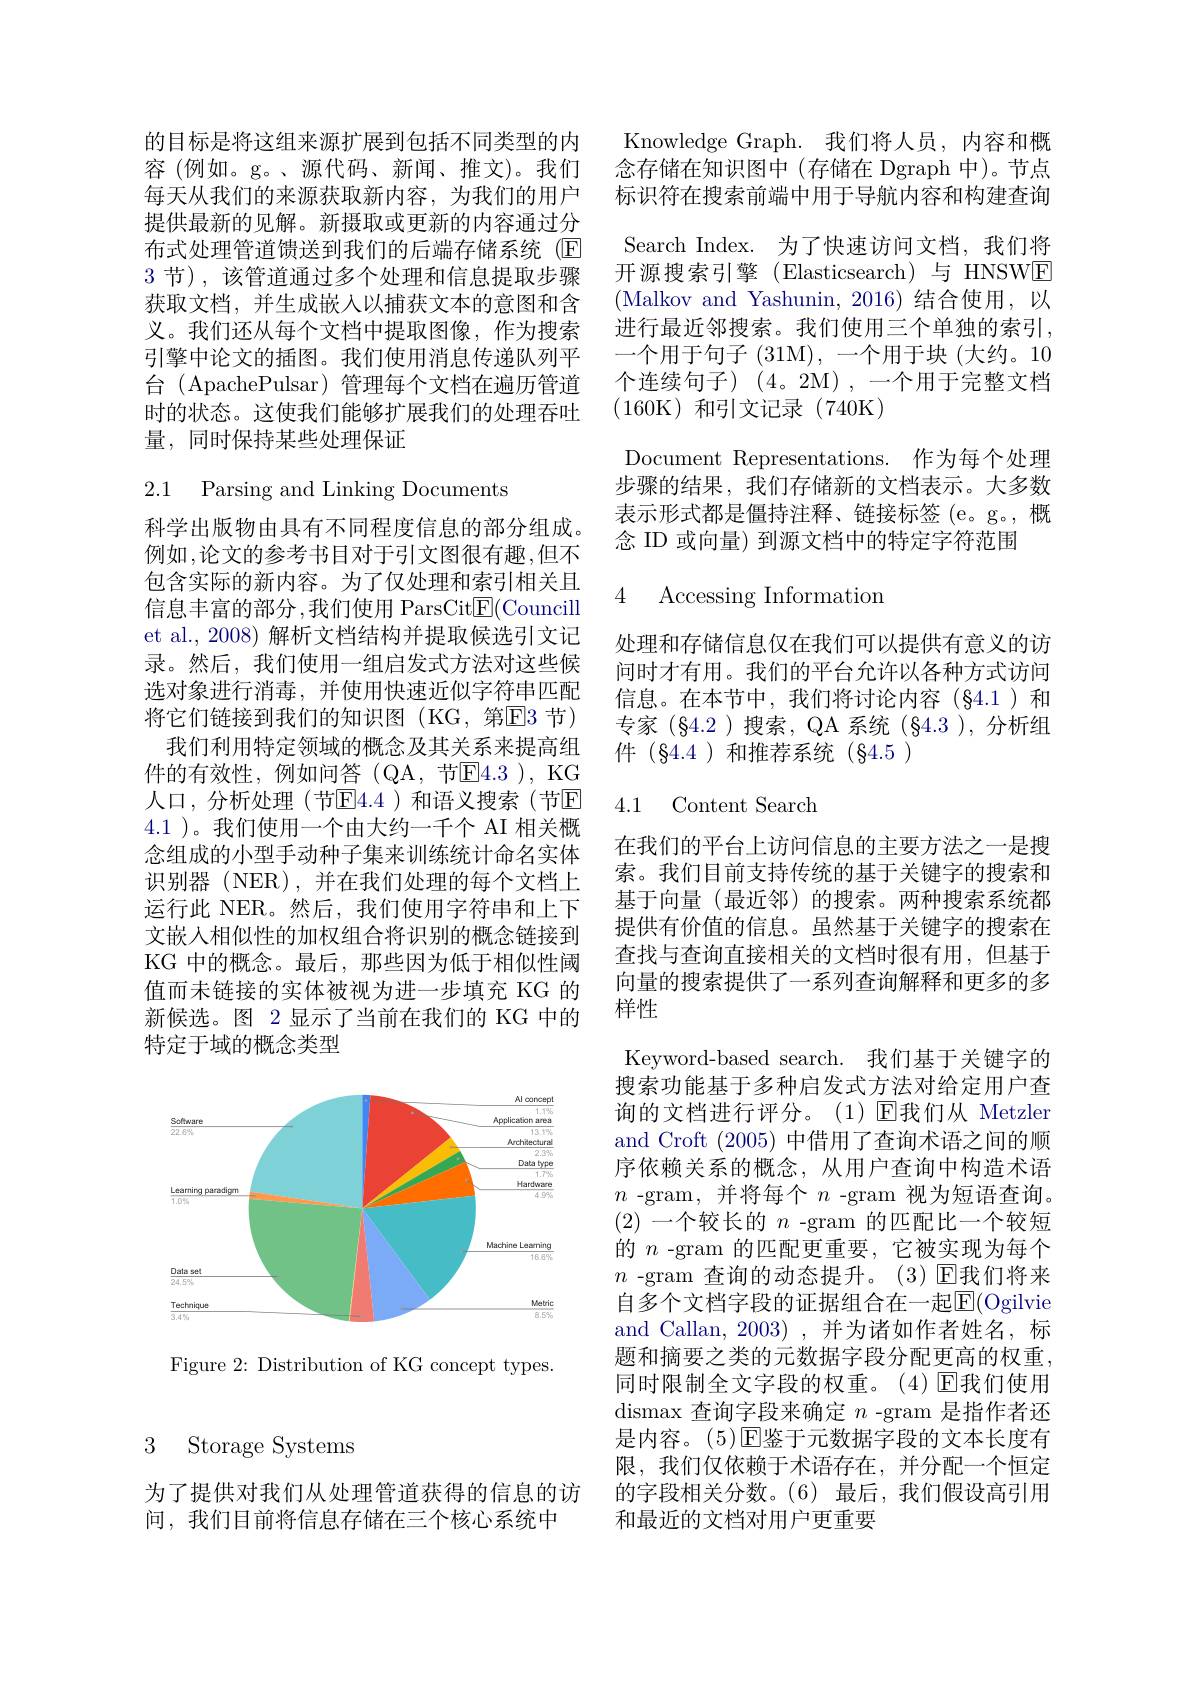
# 3 Storage Systems

间，我们目前将信息存储在三个核心系统中

的目标是将这组来源扩展到包括不同类型的内 Knowledge Graph. 我们将人员，内容和概容(例如。g。、源代码、新闻、推文)。我们 念存储在知识图中 (存储在 Dgraph 中)。节点每天从我们的来源获取新内容，为我们的用户 标识符在搜索前端中用于导航内容和构建查询提供最新的见解。新摄取或更新的内容通过分布式处理管道馈送到我们的后端存储系统(E) 3节),该管道通过多个处理和信息提取步骤获取文档，并生成嵌入以捕获文本的意图和含义。我们还从每个文档中提取图像，作为搜索引擎中论文的插图。我们使用消息传递队列平台 (ApachePulsar) 管理每个文档在遍历管道时的状态。这使我们能够扩展我们的处理吞吐量，同时保持某些处理保证

2.1 Parsing and Linking Documents

科学出版物由具有不同程度信息的部分组成。例如，论文的参考书目对于引文图很有趣，但不包含实际的新内容。为了仅处理和索引相关且信息丰富的部分，我们使用 ParsCit$\overline {E}$( Councill et al., 2008) 解析文档结构并提取候选引文记录。然后，我们使用一组启发式方法对这些候选对象进行消毒，并使用快速近似字符串匹配将它们链接到我们的知识图(KG,第$\overline{\mathrm{E}}$3节)
我们利用特定领域的概念及其关系来提高组件的有效性，例如问答(QA,节$\mathbb{E}4.3)$,KG 人口，分析处理(节$\overline{\mathrm{E}}4.4$)和语义搜索(节回4.1 )。我们使用一个由大约一千个 AI 相关概念组成的小型手动种子集来训练统计命名实体识别器(NER),并在我们处理的每个文档上运行此 NER。然后，我们使用字符串和上下文嵌入相似性的加权组合将识别的概念链接到KG 中的概念。最后，那些因为低于相似性阈值而未链接的实体被视为进一步填充 KG 的新候选。图 2 显示了当前在我们的 KG 中的特定于域的概念类型

<FigureHere>

Figure 2: Distribution of KG concept types.

Search Index. 为了快速访问文档，我们将开源搜索引擎(Elasticsearch)与 HNSWE (Malkov and Yashunin, 2016) 结合使用，以进行最近邻搜索。我们使用三个单独的索引， 一个用于句子 (31M), 一个用于块 (大约。10个连续句子)(4。2M),一个用于完整文档(160K)和引文记录(740K)
Document Representations. 作为每个处理步骤的结果，我们存储新的文档表示。大多数表示形式都是僵持注释、链接标签 (e。g。,概念 ID 或向量) 到源文档中的特定字符范围

### 4 Accessing Information

处理和存储信息仅在我们可以提供有意义的访问时才有用。我们的平台允许以各种方式访问信息。在本节中，我们将讨论内容(§4.1)和专家(§4.2)搜索，QA 系统(§4.3),分析组件(§4.4)和推荐系统(§4.5)

## 4.1 Content Search

在我们的平台上访问信息的主要方法之一是搜索。我们目前支持传统的基于关键字的搜索和基于向量(最近邻)的搜索。两种搜索系统都提供有价值的信息。虽然基于关键字的搜索在查找与查询直接相关的文档时很有用，但基于向量的搜索提供了一系列查询解释和更多的多样性

Keyword-based search. 我们基于关键字的搜索功能基于多种启发式方法对给定用户查询的文档进行评分。(1)[E]我们从 Metzler and Croft (2005) 中借用了查询术语之间的顺序依赖关系的概念，从用户查询中构造术语$n$ -gram,并将每个$n$ -gram 视为短语查询。(2)一个较长的$n$ -gram 的匹配比一个较短的$n$ -gram 的匹配更重要，它被实现为每个$n$ -gram 查询的动态提升。(3)回我们将来自多个文档字段的证据组合在一起$\overline{\mathrm{E}}($Ogilvie and Callan, 2003) ,并为诸如作者姓名，标题和摘要之类的元数据字段分配更高的权重， 同时限制全文字段的权重。(4)$\operatorname{E\text{我们使用}}$ dismax 查询字段来确定$n$ -gram 是指作者还是内容。(5)$\operatorname{E}$鉴于元数据字段的文本长度有限，我们仅依赖于术语存在，并分配一个恒定
为了提供对我们从处理管道获得的信息的访 的字段相关分数。(6) 最后，我们假设高引用
和最近的文档对用户更重要